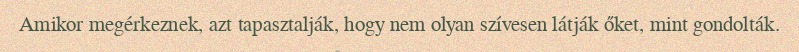
Amikor megérkeznek, azt tapasztalják, hogy nem olyan szívesen látják őket, mint gondolták.